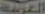
العربية